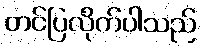
တင်ပြလိုက်ပါသည်